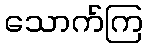
သောက်ကြ